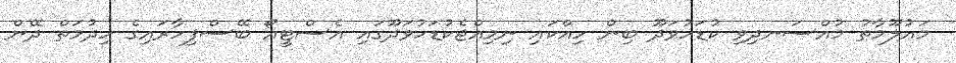
މައުލޫމާތު މުއްސަނދިވި ކުޑަހުވަދޫ ބިން ހިއްކައި ނިމިއްޖެކުޑަހުވަދޫގައި އެސްޓީއޯ ބޭސްފިހާރައިގެ ހިދުމަތް ދޭން